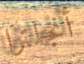
أنجلترا